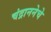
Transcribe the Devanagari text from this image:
चंद्राननेचे